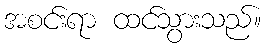
အစင်းရာ ထင်သွားသည်။